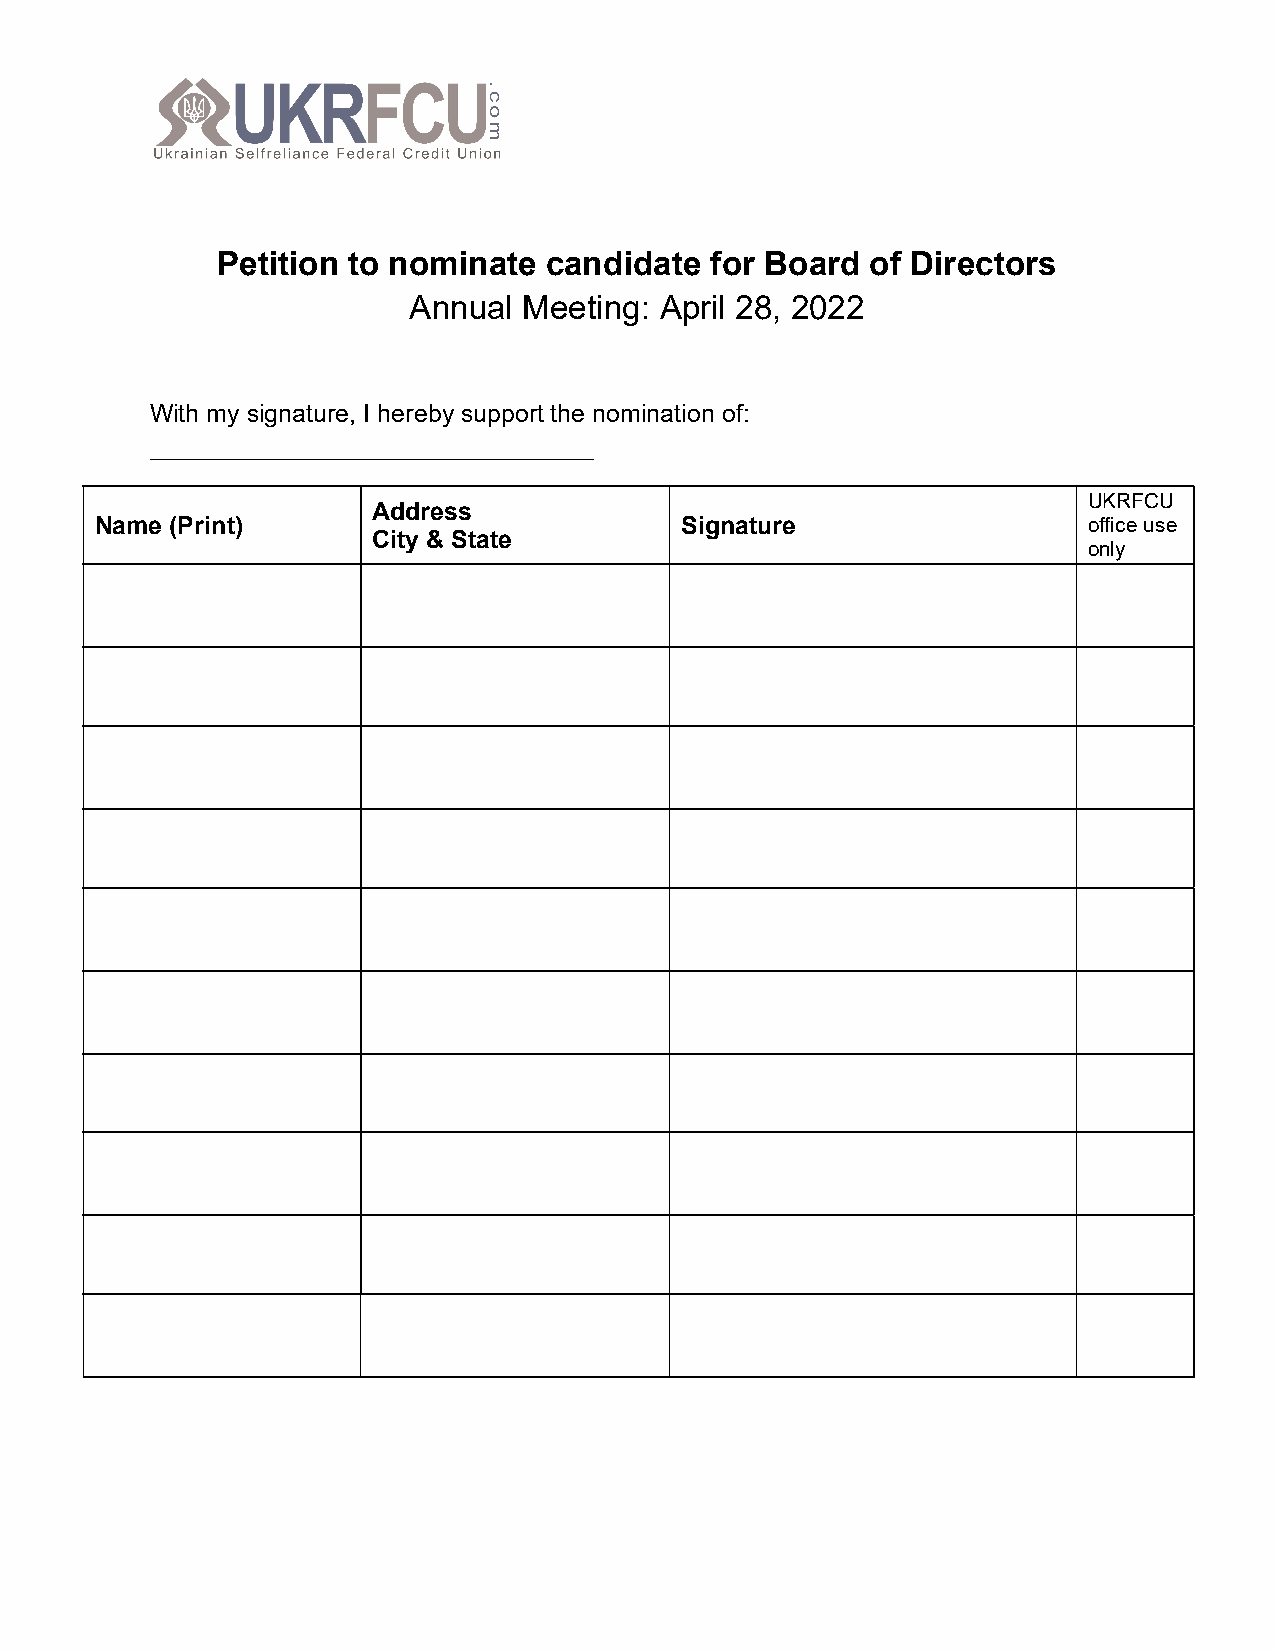
Petition to nominate  candidate  for Board  of Directors
 Annual  Meeting: April 28, 2022
 With my signature, I hereby support the nomination of:
 ________________________________
 UKRFCU
 Address
 Name (Print)                           Signature                  office use
 City & State
 only